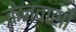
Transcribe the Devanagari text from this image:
केनवासों